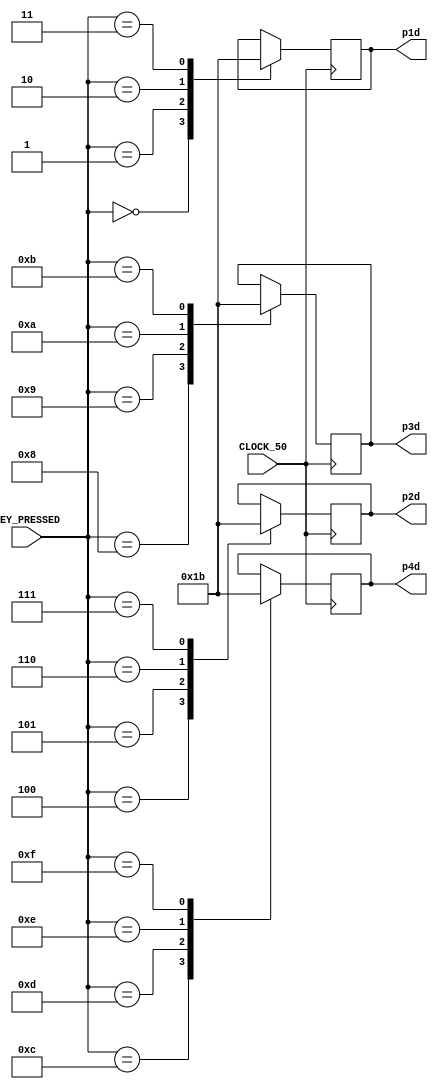
  // Mechanics for the main game

module directions(
    CLOCK_50,
    KEY_PRESSED,
    p1d, p2d, p3d, p4d
  );

  input CLOCK_50;

  input [4:0] KEY_PRESSED;

  // player directions
  output reg [1:0] p1d, p2d, p3d, p4d;

  // initialize player directions
  initial begin
    p1d <= 2'b00; // p1 starts moving up
    p2d <= 2'b01; // down
    p3d <= 2'b10; // left
    p4d <= 2'b11; // right
  end

  // Update directions based on keyboard input
  always@(posedge CLOCK_50)
    begin
      case (KEY_PRESSED)
        5'd0: p1d[1:0]  <= 2'b00;
        5'd1: p1d[1:0]  <= 2'b01;
        5'd2: p1d[1:0]  <= 2'b10;
        5'd3: p1d[1:0]  <= 2'b11;

        5'd4: p2d[1:0]  <= 2'b00;
        5'd5: p2d[1:0]  <= 2'b01;
        5'd6: p2d[1:0]  <= 2'b10;
        5'd7: p2d[1:0]  <= 2'b11;

        5'd8: p3d[1:0]  <= 2'b00;
        5'd9: p3d[1:0]  <= 2'b01;
        5'd10: p3d[1:0] <= 2'b10;
        5'd11: p3d[1:0] <= 2'b11;

        5'd12: p4d[1:0] <= 2'b00;
        5'd13: p4d[1:0] <= 2'b01;
        5'd14: p4d[1:0] <= 2'b10;
        5'd15: p4d[1:0] <= 2'b11;
      endcase
    end

endmodule


module move(
    clonke, running, game_started,
    p1d, p2d, p3d, p4d,
    p1, p2, p3, p4
  );

  /*
    This module moves the players by updating their addresses.
    "clonke" is a slower ticking clock used to move the players at an
    appopriate rate.

    The inputs p1d, p2d .. are the current directions the players are moving.

    The input "running" tells this module whether or not to continue moving the
    players based on if the game is still going.

    The input "game_started" tells this module if the game was started by
    the players.

    The outputs from this module are the current locations of each player.
  */

  input clonke, running, game_started;
  input [1:0] p1d, p2d, p3d, p4d;

  output reg [14:0] p1, p2, p3, p4;

  // initialize players into the 4 corners of the screen
  initial begin
    p1 <= 15'b10011101_1110110;
    p2 <= 15'b00000001_0000010;
    p3 <= 15'b10011101_0000010;
    p4 <= 15'b00000001_1110110;
  end

  // Increment the player addresses based on their current direction and loop
  // players back around if they go over the borders of the game
  always@(posedge clonke)
    begin
      if(running && game_started)
        begin
          case(p1d)
            2'b00 : p1[6:0]  <= (p1[6:0]  == 7'b0000010)  ? 7'b1110110  : p1[6:0]  - 1'b1;
            2'b01 : p1[6:0]  <= (p1[6:0]  == 7'b1110110)  ? 7'b0000010  : p1[6:0]  + 1'b1;
            2'b10 : p1[14:7] <= (p1[14:7] == 8'b00000001) ? 8'b10011101 : p1[14:7] - 1'b1;
            2'b11 : p1[14:7] <= (p1[14:7] == 8'b10011101) ? 8'b00000001 : p1[14:7] + 1'b1;
          endcase
          case(p2d)
            2'b00 : p2[6:0]  <= (p2[6:0]  == 7'b0000010)  ? 7'b1110110  : p2[6:0]  - 1'b1;
            2'b01 : p2[6:0]  <= (p2[6:0]  == 7'b1110110)  ? 7'b0000010  : p2[6:0]  + 1'b1;
            2'b10 : p2[14:7] <= (p2[14:7] == 8'b00000001) ? 8'b10011101 : p2[14:7] - 1'b1;
            2'b11 : p2[14:7] <= (p2[14:7] == 8'b10011101) ? 8'b00000001 : p2[14:7] + 1'b1;
          endcase
          case(p3d)
            2'b00 : p3[6:0]  <= (p3[6:0]  == 7'b0000010)  ? 7'b1110110  : p3[6:0]  - 1'b1;
            2'b01 : p3[6:0]  <= (p3[6:0]  == 7'b1110110)  ? 7'b0000010  : p3[6:0]  + 1'b1;
            2'b10 : p3[14:7] <= (p3[14:7] == 8'b00000001) ? 8'b10011101 : p3[14:7] - 1'b1;
            2'b11 : p3[14:7] <= (p3[14:7] == 8'b10011101) ? 8'b00000001 : p3[14:7] + 1'b1;
          endcase
          case(p4d)
            2'b00 : p4[6:0]  <= (p4[6:0]  == 7'b0000010)  ? 7'b1110110  : p4[6:0]  - 1'b1;
            2'b01 : p4[6:0]  <= (p4[6:0]  == 7'b1110110)  ? 7'b0000010  : p4[6:0]  + 1'b1;
            2'b10 : p4[14:7] <= (p4[14:7] == 8'b00000001) ? 8'b10011101 : p4[14:7] - 1'b1;
            2'b11 : p4[14:7] <= (p4[14:7] == 8'b10011101) ? 8'b00000001 : p4[14:7] + 1'b1;
          endcase
        end
    end

endmodule


module update_ram(
    clock25,
    running,
    address,
    wren,
    data_to_ram,
    ram_output,
    p1, p2, p3, p4,
    p1_count, p2_count, p3_count, p4_count,
    ordered_colours, done_ordering
  );

  /*
    This module handles all communication with the RAM used by the game.

    Each address in the RAM equivalent to a pixel on the board, which means the
    RAM needs to handle up to 120x160 pixels and requires a 15 bit address and
    stores 3 bits per address, representing the colour of the screen at
    the pixel.

    During the running phase of the game, the RAM is constantly updated
    using the current location of each player as the address and each player's
    colour as the data stored.

    Once the game is over, everything stored in the RAM is read and all
    data from the RAM gets added up into the individual player counts based on
    the colours stored read from the RAM.

    Once all the colours are counted up, this module returns an ordered list of
    colours based on how much each player covered.
  */

  input clock25, running;

  output reg [14:0] address;
  output reg wren;

  output reg [2:0] data_to_ram;

  input [2:0] ram_output;

  input [14:0] p1, p2, p3, p4;

  output reg [14:0] p1_count, p2_count, p3_count, p4_count;

  output reg [11:0] ordered_colours;
  output reg done_ordering;

  initial begin
  done_ordering <= 1'b0;
  end

  reg [2:0] curr;

  wire done;
  assign done = address[14:0] > 15'b10011110_1111111;

  reg [3:0] current_state, next_state;

  localparam  START_WRITE = 4'd0,
              WRITE_P1    = 4'd1,
              WRITE_P2    = 4'd2,
              WRITE_P3    = 4'd3,
              WRITE_P4    = 4'd4,
              START_READ  = 4'd5,
              READ        = 4'd6,
              COUNT       = 4'd7,
              WINNER      = 4'd8,
              END         = 4'd9;

  always@(*)
    begin: state_table
      case (current_state)
        START_WRITE : next_state = running ? WRITE_P1 : START_READ;
        WRITE_P1 :    next_state = WRITE_P2;
        WRITE_P2 :    next_state = WRITE_P3;
        WRITE_P3 :    next_state = WRITE_P4;
        WRITE_P4 :    next_state = START_WRITE;
        START_READ :  next_state = READ;
        READ :        next_state = COUNT;
        COUNT :       next_state = done ? WINNER : READ;
        WINNER :      next_state = END;
        END :         next_state = END;
        default :     next_state = START_WRITE;
      endcase
    end

  // Using a slower clock as the RAM itself needs CLOCK_50 ticks
  // to load and store data at specific addresses
  always@(negedge clock25)
    begin
      case (current_state)
        WRITE_P1 : begin
            wren <= 1'b1;
            address[14:0] <= p1[14:0];
            data_to_ram <= 3'b001;
          end
        WRITE_P2 : begin
            address[14:0] <= p2[14:0];
            data_to_ram <= 3'b010;
          end
        WRITE_P3 : begin
            address[14:0] <= p3[14:0];
            data_to_ram <= 3'b100;
          end
        WRITE_P4 : begin
            address[14:0] <= p4[14:0];
            data_to_ram <= 3'b110;
          end
        START_READ : begin
            wren <= 1'b0;
            address[14:0] <= 0; //reset address
          end
        READ : begin
            curr[2:0] <= ram_output[2:0]; // read ram out
          end
        COUNT : begin
            address[14:0] <= address[14:0] + 1'b1; // increment address
            case (curr)
              3'b001: p1_count <= p1_count + 1'b1;
              3'b010: p2_count <= p2_count + 1'b1;
              3'b100: p3_count <= p3_count + 1'b1;
              3'b110: p4_count <= p4_count + 1'b1;
            endcase
          end
        WINNER : begin
            done_ordering <= 1'b1;
            // Script generated text with all permutations of "1234"
            if (p1_count >= p2_count && p2_count >= p3_count && p3_count >= p4_count)
              ordered_colours <= 12'b001_010_100_110;
            else if (p1_count >= p2_count && p2_count >= p4_count && p4_count >= p3_count)
              ordered_colours <= 12'b001_010_110_100;
            else if (p1_count >= p3_count && p3_count >= p2_count && p2_count >= p4_count)
              ordered_colours <= 12'b001_100_010_110;
            else if (p1_count >= p3_count && p3_count >= p4_count && p4_count >= p2_count)
              ordered_colours <= 12'b001_100_110_010;
            else if (p1_count >= p4_count && p4_count >= p2_count && p2_count >= p3_count)
              ordered_colours <= 12'b001_110_010_100;
            else if (p1_count >= p4_count && p4_count >= p3_count && p3_count >= p2_count)
              ordered_colours <= 12'b001_110_100_010;
            else if (p2_count >= p1_count && p1_count >= p4_count && p4_count >= p3_count)
              ordered_colours <= 12'b010_001_110_100;
            else if (p2_count >= p1_count && p1_count >= p3_count && p3_count >= p4_count)
              ordered_colours <= 12'b010_001_100_110;
            else if (p2_count >= p3_count && p3_count >= p4_count && p4_count >= p1_count)
              ordered_colours <= 12'b010_100_110_001;
            else if (p2_count >= p3_count && p3_count >= p1_count && p1_count >= p4_count)
              ordered_colours <= 12'b010_100_001_110;
            else if (p2_count >= p4_count && p4_count >= p3_count && p3_count >= p1_count)
              ordered_colours <= 12'b010_110_100_001;
            else if (p2_count >= p4_count && p4_count >= p1_count && p1_count >= p3_count)
              ordered_colours <= 12'b010_110_001_100;
            else if (p3_count >= p1_count && p1_count >= p2_count && p2_count >= p4_count)
              ordered_colours <= 12'b100_001_010_110;
            else if (p3_count >= p1_count && p1_count >= p4_count && p4_count >= p2_count)
              ordered_colours <= 12'b100_001_110_010;
            else if (p3_count >= p2_count && p2_count >= p1_count && p1_count >= p4_count)
              ordered_colours <= 12'b100_010_001_110;
            else if (p3_count >= p2_count && p2_count >= p4_count && p4_count >= p1_count)
              ordered_colours <= 12'b100_010_110_001;
            else if (p3_count >= p4_count && p4_count >= p1_count && p1_count >= p2_count)
              ordered_colours <= 12'b100_110_001_010;
            else if (p3_count >= p4_count && p4_count >= p2_count && p2_count >= p1_count)
              ordered_colours <= 12'b100_110_010_001;
            else if (p4_count >= p1_count && p1_count >= p3_count && p3_count >= p2_count)
              ordered_colours <= 12'b110_001_100_010;
            else if (p4_count >= p1_count && p1_count >= p2_count && p2_count >= p3_count)
              ordered_colours <= 12'b110_001_010_100;
            else if (p4_count >= p2_count && p2_count >= p3_count && p3_count >= p1_count)
              ordered_colours <= 12'b110_010_100_001;
            else if (p4_count >= p2_count && p2_count >= p1_count && p1_count >= p3_count)
              ordered_colours <= 12'b110_010_001_100;
            else if (p4_count >= p3_count && p3_count >= p2_count && p2_count >= p1_count)
              ordered_colours <= 12'b110_100_010_001;
            else
              ordered_colours <= 12'b110_100_001_010;
          end
      endcase
    end

  always@(posedge clock25)
    begin
      current_state <= next_state;
    end

endmodule


module RateDivider(CLOCK_50, clock25, clonke, timer);

  // Basic rate divider module used to obtain slower clocks

  input CLOCK_50;
  output clock25, clonke, timer;
  reg [27:0] load1, load2, load3;
  reg [27:0] counter1, counter2, counter3;

  initial
    begin
      load1 = 28'd1249999;
      load2 = 28'd37499996;
      load3 = 28'd3;
    end
  always@(posedge CLOCK_50)
    begin
      counter1 = (counter1 == 0) ? load1 : counter1 - 1'b1;
      counter2 = (counter2 == 0) ? load2 : counter2 - 1'b1;
      counter3 = (counter3 == 0) ? load3 : counter3 - 1'b1;
    end

  assign clonke = (counter1 == 0) ? 1 : 0;
  assign timer = (counter2 == 0) ? 1 : 0;
  assign clock25 = (counter3 == 0) ? 1 : 0;

endmodule